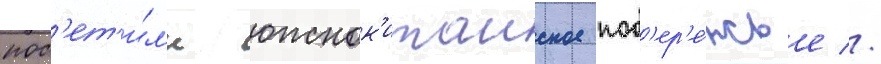
пос'ет'и́л'и южнок'итаиское поб'ер'е́жье //